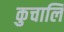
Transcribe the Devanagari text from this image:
कुचालि